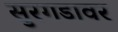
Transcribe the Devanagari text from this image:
सुरगडावर